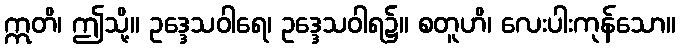
ဣတိ၊ ဤသို့။ ဥဒ္ဒေသဝါရေ၊ ဥဒ္ဒေသဝါရ၌။ စတူဟိ၊ လေးပါးကုန်သော။